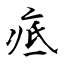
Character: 疷